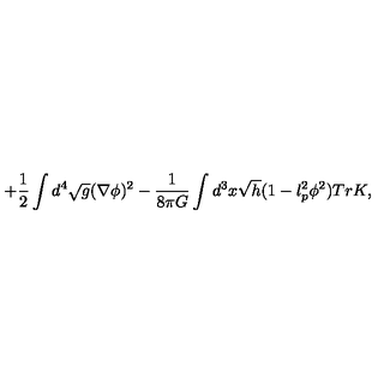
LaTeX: + \frac { 1 } { 2 } \int d ^ { 4 } \sqrt { g } ( \nabla \phi ) ^ { 2 } - \frac { 1 } { 8 \pi G } \int d ^ { 3 } x \sqrt { h } ( 1 - l _ { p } ^ { 2 } \phi ^ { 2 } ) T r K ,